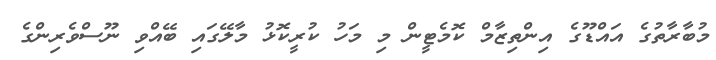
މުބާރާތުގެ އައްޑޫގެ އިންތިޒާމް ކޮމެޓީން މި މަހު ކުރީކޮޅު މާލޭގައި ބޭއްވި ނޫސްވެރިންގެ